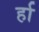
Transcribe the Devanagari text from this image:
र्हा